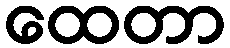
ထေတာ